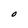
Character: O